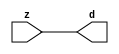

//------> /package/eda/mg/Catapult_10.3d/Mgc_home/pkgs/siflibs/mgc_in_wire_v2.v 
//------------------------------------------------------------------------------
// Catapult Synthesis - Sample I/O Port Library
//
// Copyright (c) 2003-2017 Mentor Graphics Corp.
//       All Rights Reserved
//
// This document may be used and distributed without restriction provided that
// this copyright statement is not removed from the file and that any derivative
// work contains this copyright notice.
//
// The design information contained in this file is intended to be an example
// of the functionality which the end user may study in preparation for creating
// their own custom interfaces. This design does not necessarily present a 
// complete implementation of the named protocol or standard.
//
//------------------------------------------------------------------------------


module mgc_in_wire_v2 (d, z);

  parameter integer rscid = 1;
  parameter integer width = 8;

  output [width-1:0] d;
  input  [width-1:0] z;

  wire   [width-1:0] d;

  assign d = z;

endmodule


//------> /package/eda/mg/Catapult_10.3d/Mgc_home/pkgs/siflibs/ccs_in_v1.v 
//------------------------------------------------------------------------------
// Catapult Synthesis - Sample I/O Port Library
//
// Copyright (c) 2003-2017 Mentor Graphics Corp.
//       All Rights Reserved
//
// This document may be used and distributed without restriction provided that
// this copyright statement is not removed from the file and that any derivative
// work contains this copyright notice.
//
// The design information contained in this file is intended to be an example
// of the functionality which the end user may study in preparation for creating
// their own custom interfaces. This design does not necessarily present a 
// complete implementation of the named protocol or standard.
//
//------------------------------------------------------------------------------


module ccs_in_v1 (idat, dat);

  parameter integer rscid = 1;
  parameter integer width = 8;

  output [width-1:0] idat;
  input  [width-1:0] dat;

  wire   [width-1:0] idat;

  assign idat = dat;

endmodule


//------> /package/eda/mg/Catapult_10.3d/Mgc_home/pkgs/siflibs/ccs_out_v1.v 
//------------------------------------------------------------------------------
// Catapult Synthesis - Sample I/O Port Library
//
// Copyright (c) 2003-2015 Mentor Graphics Corp.
//       All Rights Reserved
//
// This document may be used and distributed without restriction provided that
// this copyright statement is not removed from the file and that any derivative
// work contains this copyright notice.
//
// The design information contained in this file is intended to be an example
// of the functionality which the end user may study in preparation for creating
// their own custom interfaces. This design does not necessarily present a 
// complete implementation of the named protocol or standard.
//
//------------------------------------------------------------------------------

module ccs_out_v1 (dat, idat);

  parameter integer rscid = 1;
  parameter integer width = 8;

  output   [width-1:0] dat;
  input    [width-1:0] idat;

  wire     [width-1:0] dat;

  assign dat = idat;

endmodule




//------> /package/eda/mg/Catapult_10.3d/Mgc_home/pkgs/siflibs/mgc_io_sync_v2.v 
//------------------------------------------------------------------------------
// Catapult Synthesis - Sample I/O Port Library
//
// Copyright (c) 2003-2017 Mentor Graphics Corp.
//       All Rights Reserved
//
// This document may be used and distributed without restriction provided that
// this copyright statement is not removed from the file and that any derivative
// work contains this copyright notice.
//
// The design information contained in this file is intended to be an example
// of the functionality which the end user may study in preparation for creating
// their own custom interfaces. This design does not necessarily present a 
// complete implementation of the named protocol or standard.
//
//------------------------------------------------------------------------------


module mgc_io_sync_v2 (ld, lz);
    parameter valid = 0;

    input  ld;
    output lz;

    wire   lz;

    assign lz = ld;

endmodule


//------> /package/eda/mg/Catapult_10.3d/Mgc_home/pkgs/ccs_altera/hdl/M10K_DP.v 
// Memory Type:            M10K
// Operating Mode:         Simple Dual Port (2-PORT)
// Clock Mode:             Single Clock

// RTL Code RW Resolution: write-thru 
// Hardware RW Resolution: dont care 
// Catapult RW Resolution: unknown 

// HDL Work Library:       Altera_RAMS_lib
// Component Name:         M10K_DP

module M10K_DP
#(
  parameter data_width = 8,
  parameter addr_width = 7,
  parameter depth = 128 
)(
  clk, adra, adrb, wea, web, da, db, rea, reb, qa, qb
);

  input clk;                     // Rising edge clock
  input [addr_width-1:0] adra;   // Port A - Address
  input [addr_width-1:0] adrb;   // Port B - Address
  input wea;                     // Port A - Write-enable active high
  input web;                     // Port B - Write-enable active high
  input [data_width-1:0] da;     // Port A - Data In
  input [data_width-1:0] db;     // Port B - Data In
  input rea;                     // Port A - Read-enable active high
  input reb;                     // Port B - Read-enable active high
  output[data_width-1:0] qa;     // Port A - Data Out
  output[data_width-1:0] qb;     // Port B - Data Out

  reg [data_width-1:0] qa;
  reg [data_width-1:0] qb;

  (* ramstyle = "no_rw_check, M10K" *)
  reg [data_width-1:0] mem [depth-1:0]; /* synthesis syn_ramstyle = "no_rw_check, M10K" */

  always @(posedge clk) begin
    if (wea) begin
      mem[adra] <= da;
    end
    if (rea) begin
      qa <= mem[adra];
    end
  end

  always @(posedge clk) begin
    if (web) begin
      mem[adrb] <= db;
    end
    if (reb) begin
      qb <= mem[adrb] ;
    end
  end

endmodule


//------> ./rtl.v 
// ----------------------------------------------------------------------
//  HLS HDL:        Verilog Netlister
//  HLS Version:    10.3d/815731 Production Release
//  HLS Date:       Wed Apr 24 14:54:19 PDT 2019
// 
//  Generated by:   695r48@ecegrid-thin4.ecn.purdue.edu
//  Generated date: Wed Nov 10 15:47:36 2021
// ----------------------------------------------------------------------

// 
// ------------------------------------------------------------------
//  Design Unit:    fir_Altera_M10K_M10K_DP_rwport_4_16_5_32_32_16_gen
// ------------------------------------------------------------------


module fir_Altera_M10K_M10K_DP_rwport_4_16_5_32_32_16_gen (
  qb, reb, db, web, adrb, qa, rea, da, wea, adra, adra_d, wea_d, da_d, rea_d, qa_d,
      rwportA_rw_ram_ir_internal_RMASK_B_d, rwportA_rw_ram_ir_internal_WMASK_B_d
);
  input [15:0] qb;
  output reb;
  output [15:0] db;
  output web;
  output [4:0] adrb;
  input [15:0] qa;
  output rea;
  output [15:0] da;
  output wea;
  output [4:0] adra;
  input [9:0] adra_d;
  input [1:0] wea_d;
  input [31:0] da_d;
  input [1:0] rea_d;
  output [31:0] qa_d;
  input [1:0] rwportA_rw_ram_ir_internal_RMASK_B_d;
  input [1:0] rwportA_rw_ram_ir_internal_WMASK_B_d;



  // Interconnect Declarations for Component Instantiations 
  assign qa_d[31:16] = qb;
  assign reb = (rwportA_rw_ram_ir_internal_RMASK_B_d[1]);
  assign db = (da_d[31:16]);
  assign web = (rwportA_rw_ram_ir_internal_WMASK_B_d[1]);
  assign adrb = (adra_d[9:5]);
  assign qa_d[15:0] = qa;
  assign rea = (rwportA_rw_ram_ir_internal_RMASK_B_d[0]);
  assign da = (da_d[15:0]);
  assign wea = (rwportA_rw_ram_ir_internal_WMASK_B_d[0]);
  assign adra = (adra_d[4:0]);
endmodule

// ------------------------------------------------------------------
//  Design Unit:    fir_core_core_fsm
//  FSM Module
// ------------------------------------------------------------------


module fir_core_core_fsm (
  clk, rst, fsm_output, regs_vinit_C_1_tr0, MAC_C_3_tr0
);
  input clk;
  input rst;
  output [12:0] fsm_output;
  reg [12:0] fsm_output;
  input regs_vinit_C_1_tr0;
  input MAC_C_3_tr0;


  // FSM State Type Declaration for fir_core_core_fsm_1
  parameter
    core_rlp_C_0 = 4'd0,
    regs_vinit_C_0 = 4'd1,
    regs_vinit_C_1 = 4'd2,
    main_C_0 = 4'd3,
    main_C_1 = 4'd4,
    MAC_C_0 = 4'd5,
    MAC_C_1 = 4'd6,
    MAC_C_2 = 4'd7,
    MAC_C_3 = 4'd8,
    MAC_C_4 = 4'd9,
    MAC_C_5 = 4'd10,
    MAC_C_6 = 4'd11,
    main_C_2 = 4'd12;

  reg [3:0] state_var;
  reg [3:0] state_var_NS;


  // Interconnect Declarations for Component Instantiations 
  always @(*)
  begin : fir_core_core_fsm_1
    case (state_var)
      regs_vinit_C_0 : begin
        fsm_output = 13'b0000000000010;
        state_var_NS = regs_vinit_C_1;
      end
      regs_vinit_C_1 : begin
        fsm_output = 13'b0000000000100;
        if ( regs_vinit_C_1_tr0 ) begin
          state_var_NS = regs_vinit_C_0;
        end
        else begin
          state_var_NS = main_C_0;
        end
      end
      main_C_0 : begin
        fsm_output = 13'b0000000001000;
        state_var_NS = main_C_1;
      end
      main_C_1 : begin
        fsm_output = 13'b0000000010000;
        state_var_NS = MAC_C_0;
      end
      MAC_C_0 : begin
        fsm_output = 13'b0000000100000;
        state_var_NS = MAC_C_1;
      end
      MAC_C_1 : begin
        fsm_output = 13'b0000001000000;
        state_var_NS = MAC_C_2;
      end
      MAC_C_2 : begin
        fsm_output = 13'b0000010000000;
        state_var_NS = MAC_C_3;
      end
      MAC_C_3 : begin
        fsm_output = 13'b0000100000000;
        if ( MAC_C_3_tr0 ) begin
          state_var_NS = main_C_2;
        end
        else begin
          state_var_NS = MAC_C_4;
        end
      end
      MAC_C_4 : begin
        fsm_output = 13'b0001000000000;
        state_var_NS = MAC_C_5;
      end
      MAC_C_5 : begin
        fsm_output = 13'b0010000000000;
        state_var_NS = MAC_C_6;
      end
      MAC_C_6 : begin
        fsm_output = 13'b0100000000000;
        state_var_NS = MAC_C_0;
      end
      main_C_2 : begin
        fsm_output = 13'b1000000000000;
        state_var_NS = main_C_0;
      end
      // core_rlp_C_0
      default : begin
        fsm_output = 13'b0000000000001;
        state_var_NS = regs_vinit_C_0;
      end
    endcase
  end

  always @(posedge clk) begin
    if ( rst ) begin
      state_var <= core_rlp_C_0;
    end
    else begin
      state_var <= state_var_NS;
    end
  end

endmodule

// ------------------------------------------------------------------
//  Design Unit:    fir_core
// ------------------------------------------------------------------


module fir_core (
  clk, rst, coeffs_rsc_z, coeffs_rsc_triosy_lz, in1_rsc_dat, in1_rsc_triosy_lz, out1_rsc_dat,
      out1_rsc_triosy_lz, regs_rsci_adra_d, regs_rsci_wea_d, regs_rsci_da_d, regs_rsci_rea_d,
      regs_rsci_qa_d, regs_rsci_rwportA_rw_ram_ir_internal_RMASK_B_d, regs_rsci_rwportA_rw_ram_ir_internal_WMASK_B_d
);
  input clk;
  input rst;
  input [511:0] coeffs_rsc_z;
  output coeffs_rsc_triosy_lz;
  input [15:0] in1_rsc_dat;
  output in1_rsc_triosy_lz;
  output [15:0] out1_rsc_dat;
  output out1_rsc_triosy_lz;
  output [9:0] regs_rsci_adra_d;
  output [1:0] regs_rsci_wea_d;
  output [15:0] regs_rsci_da_d;
  output [1:0] regs_rsci_rea_d;
  input [31:0] regs_rsci_qa_d;
  output [1:0] regs_rsci_rwportA_rw_ram_ir_internal_RMASK_B_d;
  output [1:0] regs_rsci_rwportA_rw_ram_ir_internal_WMASK_B_d;


  // Interconnect Declarations
  wire [511:0] coeffs_rsci_d;
  wire [15:0] in1_rsci_idat;
  reg [15:0] out1_rsci_idat;
  wire [12:0] fsm_output;
  wire [5:0] MAC_2_acc_2_tmp;
  wire [6:0] nl_MAC_2_acc_2_tmp;
  wire or_tmp_35;
  wire [4:0] wptr_4_0_4_lpi_2_dfm_mx0w2;
  reg [4:0] MAC_MAC_or_4_itm;
  reg MAC_MAC_nor_6_itm;
  wire [4:0] wptr_4_0_3_lpi_2_dfm_mx0w1;
  wire [4:0] wptr_4_0_lpi_2_dfm_1;
  reg [4:0] wptr_4_0_1_sva;
  reg regs_regs_nor_itm;
  wire [4:0] wptr_4_0_2_lpi_2_dfm_1;
  reg [4:0] regs_acc_itm;
  reg reg_MAC_i_5_0_3_ftd;
  wire or_34_seb;
  reg reg_out1_rsc_triosy_obj_ld_cse;
  wire reg_out1_out1_and_cse;
  wire [4:0] MAC_1_acc_2_psp_sva_1;
  wire [5:0] nl_MAC_1_acc_2_psp_sva_1;
  reg [4:0] MAC_4_acc_2_psp_sva;
  wire regs_and_cse;
  wire or_32_cse;
  wire regs_regs_or_rmff;
  wire or_79_tmp;
  wire [4:0] z_out;
  wire [5:0] nl_z_out;
  wire [29:0] z_out_1;
  wire [30:0] nl_z_out_1;
  wire [15:0] z_out_2;
  wire [29:0] z_out_4;
  wire signed [31:0] nl_z_out_4;
  reg [29:0] acc_32_3_1_sva;
  reg [15:0] MAC_mux_itm;
  reg [15:0] MAC_mux_5_itm;
  reg [29:0] MAC_2_mul_itm;
  reg [15:0] MAC_mux_6_itm;
  reg [29:0] MAC_acc_4_itm;
  reg [15:0] MAC_slc_regs_rsci_qa_d_15_0_1_itm;
  reg [15:0] MAC_mux_7_itm;
  wire [4:0] MAC_3_acc_2_psp_sva_1;
  wire [5:0] nl_MAC_3_acc_2_psp_sva_1;
  reg [415:0] MAC_io_read_coeffs_rsc_cse_sva_479_64;
  wire or_65_tmp;
  wire MAC_or_1_cse;

  wire[4:0] mux_nl;
  wire[4:0] else_acc_nl;
  wire[5:0] nl_else_acc_nl;
  wire[0:0] and_130_nl;
  wire[0:0] not_41_nl;
  wire[4:0] rptr_rptr_mux_nl;
  wire[4:0] MAC_4_acc_2_nl;
  wire[5:0] nl_MAC_4_acc_2_nl;
  wire[0:0] nor_7_nl;
  wire[0:0] MAC_and_7_nl;
  wire[0:0] MAC_and_8_nl;
  wire[0:0] MAC_and_9_nl;
  wire[0:0] MAC_and_10_nl;
  wire[0:0] MAC_and_11_nl;
  wire[0:0] MAC_and_12_nl;
  wire[0:0] MAC_and_13_nl;
  wire[0:0] MAC_and_nl;
  wire[0:0] MAC_and_1_nl;
  wire[0:0] MAC_and_2_nl;
  wire[0:0] MAC_and_3_nl;
  wire[0:0] MAC_and_4_nl;
  wire[0:0] MAC_and_5_nl;
  wire[0:0] MAC_and_6_nl;
  wire[0:0] MAC_and_14_nl;
  wire[0:0] MAC_and_15_nl;
  wire[0:0] MAC_and_16_nl;
  wire[0:0] MAC_and_17_nl;
  wire[0:0] MAC_and_18_nl;
  wire[0:0] MAC_and_19_nl;
  wire[4:0] MAC_3_else_acc_nl;
  wire[5:0] nl_MAC_3_else_acc_nl;
  wire[4:0] MAC_MAC_or_4_nl;
  wire[0:0] MAC_MAC_nor_8_nl;
  wire[29:0] mul_nl;
  wire signed [31:0] nl_mul_nl;
  wire[15:0] MAC_mux_15_nl;
  wire[29:0] MAC_acc_3_nl;
  wire[30:0] nl_MAC_acc_3_nl;
  wire[29:0] MAC_acc_nl;
  wire[30:0] nl_MAC_acc_nl;
  wire[29:0] MAC_acc_4_nl;
  wire[30:0] nl_MAC_acc_4_nl;
  wire[29:0] MAC_3_mul_nl;
  wire signed [31:0] nl_MAC_3_mul_nl;
  wire[4:0] MAC_2_else_acc_nl;
  wire[5:0] nl_MAC_2_else_acc_nl;
  wire[0:0] MAC_MAC_nor_5_nl;
  wire[4:0] MAC_1_else_acc_nl;
  wire[5:0] nl_MAC_1_else_acc_nl;
  wire[0:0] MAC_MAC_nor_nl;
  wire[4:0] MAC_4_else_acc_nl;
  wire[5:0] nl_MAC_4_else_acc_nl;
  wire[0:0] MAC_MAC_nor_7_nl;
  wire[4:0] regs_regs_mux_nl;
  wire[4:0] regs_mux1h_1_nl;
  wire[0:0] regs_or_2_nl;
  wire[4:0] regs_mux_2_nl;
  wire[29:0] MAC_mux_14_nl;
  wire[15:0] MAC_mux_16_nl;
  wire[4:0] MAC_mux_17_nl;

  // Interconnect Declarations for Component Instantiations 
  wire [0:0] nl_fir_core_core_fsm_inst_regs_vinit_C_1_tr0;
  assign nl_fir_core_core_fsm_inst_regs_vinit_C_1_tr0 = ~ regs_regs_nor_itm;
  wire [0:0] nl_fir_core_core_fsm_inst_MAC_C_3_tr0;
  assign nl_fir_core_core_fsm_inst_MAC_C_3_tr0 = reg_MAC_i_5_0_3_ftd;
  mgc_in_wire_v2 #(.rscid(32'sd1),
  .width(32'sd512)) coeffs_rsci (
      .d(coeffs_rsci_d),
      .z(coeffs_rsc_z)
    );
  ccs_in_v1 #(.rscid(32'sd2),
  .width(32'sd16)) in1_rsci (
      .dat(in1_rsc_dat),
      .idat(in1_rsci_idat)
    );
  ccs_out_v1 #(.rscid(32'sd3),
  .width(32'sd16)) out1_rsci (
      .idat(out1_rsci_idat),
      .dat(out1_rsc_dat)
    );
  mgc_io_sync_v2 #(.valid(32'sd0)) coeffs_rsc_triosy_obj (
      .ld(reg_out1_rsc_triosy_obj_ld_cse),
      .lz(coeffs_rsc_triosy_lz)
    );
  mgc_io_sync_v2 #(.valid(32'sd0)) in1_rsc_triosy_obj (
      .ld(reg_out1_rsc_triosy_obj_ld_cse),
      .lz(in1_rsc_triosy_lz)
    );
  mgc_io_sync_v2 #(.valid(32'sd0)) out1_rsc_triosy_obj (
      .ld(reg_out1_rsc_triosy_obj_ld_cse),
      .lz(out1_rsc_triosy_lz)
    );
  fir_core_core_fsm fir_core_core_fsm_inst (
      .clk(clk),
      .rst(rst),
      .fsm_output(fsm_output),
      .regs_vinit_C_1_tr0(nl_fir_core_core_fsm_inst_regs_vinit_C_1_tr0[0:0]),
      .MAC_C_3_tr0(nl_fir_core_core_fsm_inst_MAC_C_3_tr0[0:0])
    );
  assign reg_out1_out1_and_cse = (fsm_output[8]) & reg_MAC_i_5_0_3_ftd;
  assign or_32_cse = (fsm_output[3]) | (fsm_output[1]);
  assign regs_and_cse = (fsm_output[2]) & regs_regs_nor_itm;
  assign or_79_tmp = regs_and_cse | ((regs_acc_itm==5'b11111) & (fsm_output[12]));
  assign or_65_tmp = MAC_or_1_cse | (fsm_output[9]) | (fsm_output[6]);
  assign MAC_or_1_cse = (fsm_output[8:7]!=2'b00);
  assign nl_MAC_2_else_acc_nl = wptr_4_0_2_lpi_2_dfm_1 + 5'b11111;
  assign MAC_2_else_acc_nl = nl_MAC_2_else_acc_nl[4:0];
  assign MAC_MAC_nor_5_nl = ~((wptr_4_0_2_lpi_2_dfm_1!=5'b00000));
  assign wptr_4_0_3_lpi_2_dfm_mx0w1 = MUX_v_5_2_2((MAC_2_else_acc_nl), 5'b11111,
      (MAC_MAC_nor_5_nl));
  assign wptr_4_0_4_lpi_2_dfm_mx0w2 = MUX_v_5_2_2(MAC_MAC_or_4_itm, 5'b11111, MAC_MAC_nor_6_itm);
  assign nl_MAC_1_acc_2_psp_sva_1 = MAC_4_acc_2_psp_sva + 5'b00001;
  assign MAC_1_acc_2_psp_sva_1 = nl_MAC_1_acc_2_psp_sva_1[4:0];
  assign nl_MAC_1_else_acc_nl = wptr_4_0_1_sva + 5'b11111;
  assign MAC_1_else_acc_nl = nl_MAC_1_else_acc_nl[4:0];
  assign MAC_MAC_nor_nl = ~((wptr_4_0_1_sva!=5'b00000));
  assign wptr_4_0_2_lpi_2_dfm_1 = MUX_v_5_2_2((MAC_1_else_acc_nl), 5'b11111, (MAC_MAC_nor_nl));
  assign nl_MAC_2_acc_2_tmp = conv_u2s_5_6(MAC_1_acc_2_psp_sva_1) + 6'b000001;
  assign MAC_2_acc_2_tmp = nl_MAC_2_acc_2_tmp[5:0];
  assign nl_MAC_3_acc_2_psp_sva_1 = (MAC_2_acc_2_tmp[4:0]) + 5'b00001;
  assign MAC_3_acc_2_psp_sva_1 = nl_MAC_3_acc_2_psp_sva_1[4:0];
  assign nl_MAC_4_else_acc_nl = wptr_4_0_4_lpi_2_dfm_mx0w2 + 5'b11111;
  assign MAC_4_else_acc_nl = nl_MAC_4_else_acc_nl[4:0];
  assign MAC_MAC_nor_7_nl = ~((wptr_4_0_4_lpi_2_dfm_mx0w2!=5'b00000));
  assign wptr_4_0_lpi_2_dfm_1 = MUX_v_5_2_2((MAC_4_else_acc_nl), 5'b11111, (MAC_MAC_nor_7_nl));
  assign or_tmp_35 = (fsm_output[8]) | (fsm_output[6]);
  assign regs_regs_or_rmff = (fsm_output[7]) | or_34_seb;
  assign or_34_seb = (fsm_output[6:5]!=2'b00);
  assign regs_regs_mux_nl = MUX_v_5_2_2(wptr_4_0_2_lpi_2_dfm_1, wptr_4_0_1_sva, fsm_output[6]);
  assign regs_or_2_nl = (fsm_output[5]) | (fsm_output[7]);
  assign regs_mux1h_1_nl = MUX1HOT_v_5_3_2(regs_acc_itm, wptr_4_0_1_sva, wptr_4_0_lpi_2_dfm_1,
      {or_32_cse , (regs_or_2_nl) , (fsm_output[6])});
  assign regs_rsci_adra_d = {(regs_regs_mux_nl) , (regs_mux1h_1_nl)};
  assign regs_rsci_wea_d = {1'b0 , or_32_cse};
  assign regs_rsci_rea_d = {or_34_seb , regs_regs_or_rmff};
  assign regs_rsci_rwportA_rw_ram_ir_internal_RMASK_B_d = {or_34_seb , regs_regs_or_rmff};
  assign regs_rsci_rwportA_rw_ram_ir_internal_WMASK_B_d = {1'b0 , or_32_cse};
  assign regs_rsci_da_d = MUX_v_16_2_2(16'b0000000000000000, in1_rsci_idat, (fsm_output[3]));
  always @(posedge clk) begin
    if ( rst ) begin
      reg_out1_rsc_triosy_obj_ld_cse <= 1'b0;
      regs_regs_nor_itm <= 1'b0;
      MAC_MAC_nor_6_itm <= 1'b0;
      MAC_io_read_coeffs_rsc_cse_sva_479_64 <= 416'b00000000000000000000000000000000000000000000000000000000000000000000000000000000000000000000000000000000000000000000000000000000000000000000000000000000000000000000000000000000000000000000000000000000000000000000000000000000000000000000000000000000000000000000000000000000000000000000000000000000000000000000000000000000000000000000000000000000000000000000000000000000000000000000000000000000000000000000000000000000;
      MAC_MAC_or_4_itm <= 5'b00000;
      MAC_2_mul_itm <= 30'b000000000000000000000000000000;
    end
    else begin
      reg_out1_rsc_triosy_obj_ld_cse <= reg_out1_out1_and_cse;
      regs_regs_nor_itm <= ~((regs_acc_itm!=5'b00000));
      MAC_MAC_nor_6_itm <= ~((wptr_4_0_3_lpi_2_dfm_mx0w1!=5'b00000));
      MAC_io_read_coeffs_rsc_cse_sva_479_64 <= coeffs_rsci_d[479:64];
      MAC_MAC_or_4_itm <= MUX1HOT_v_5_3_2((MAC_3_else_acc_nl), (MAC_MAC_or_4_nl),
          MAC_MAC_or_4_itm, {(fsm_output[5]) , (fsm_output[6]) , (fsm_output[7])});
      MAC_2_mul_itm <= MUX_v_30_2_2((mul_nl), (MAC_acc_3_nl), fsm_output[10]);
    end
  end
  always @(posedge clk) begin
    if ( rst ) begin
      out1_rsci_idat <= 16'b0000000000000000;
    end
    else if ( reg_out1_out1_and_cse ) begin
      out1_rsci_idat <= z_out_1[29:14];
    end
  end
  always @(posedge clk) begin
    if ( rst ) begin
      regs_acc_itm <= 5'b11111;
    end
    else if ( regs_and_cse | (fsm_output[1]) | (fsm_output[12]) ) begin
      regs_acc_itm <= MUX_v_5_2_2(5'b00000, (mux_nl), (not_41_nl));
    end
  end
  always @(posedge clk) begin
    if ( rst ) begin
      wptr_4_0_1_sva <= 5'b00000;
    end
    else if ( (fsm_output[4]) | (fsm_output[8]) | (fsm_output[5]) | (fsm_output[6])
        ) begin
      wptr_4_0_1_sva <= MUX1HOT_v_5_4_2(regs_acc_itm, wptr_4_0_3_lpi_2_dfm_mx0w1,
          wptr_4_0_4_lpi_2_dfm_mx0w2, MAC_MAC_or_4_itm, {(fsm_output[4]) , (fsm_output[5])
          , (fsm_output[6]) , (fsm_output[8])});
    end
  end
  always @(posedge clk) begin
    if ( rst ) begin
      acc_32_3_1_sva <= 30'b000000000000000000000000000000;
    end
    else if ( (fsm_output[4]) | (fsm_output[11]) ) begin
      acc_32_3_1_sva <= MUX_v_30_2_2(30'b000000000000000000000000000000, z_out_1,
          (fsm_output[11]));
    end
  end
  always @(posedge clk) begin
    if ( rst ) begin
      MAC_4_acc_2_psp_sva <= 5'b00000;
    end
    else if ( (fsm_output[6]) | (fsm_output[5]) | (fsm_output[2]) | (fsm_output[1])
        | (fsm_output[12]) | (fsm_output[4]) | (fsm_output[3]) | (fsm_output[0])
        ) begin
      MAC_4_acc_2_psp_sva <= MUX_v_5_2_2(5'b00000, (rptr_rptr_mux_nl), (nor_7_nl));
    end
  end
  always @(posedge clk) begin
    if ( rst ) begin
      MAC_mux_itm <= 16'b0000000000000000;
    end
    else if ( ~ or_tmp_35 ) begin
      MAC_mux_itm <= MUX1HOT_v_16_8_2((coeffs_rsci_d[15:0]), (coeffs_rsci_d[95:80]),
          (coeffs_rsci_d[175:160]), (coeffs_rsci_d[255:240]), (coeffs_rsci_d[335:320]),
          (coeffs_rsci_d[415:400]), (coeffs_rsci_d[495:480]), (regs_rsci_qa_d[15:0]),
          {(MAC_and_7_nl) , (MAC_and_8_nl) , (MAC_and_9_nl) , (MAC_and_10_nl) , (MAC_and_11_nl)
          , (MAC_and_12_nl) , (MAC_and_13_nl) , (fsm_output[7])});
    end
  end
  always @(posedge clk) begin
    if ( rst ) begin
      MAC_mux_5_itm <= 16'b0000000000000000;
    end
    else if ( ~ MAC_or_1_cse ) begin
      MAC_mux_5_itm <= MUX1HOT_v_16_8_2((coeffs_rsci_d[31:16]), (coeffs_rsci_d[111:96]),
          (coeffs_rsci_d[191:176]), (coeffs_rsci_d[271:256]), (coeffs_rsci_d[351:336]),
          (coeffs_rsci_d[431:416]), (coeffs_rsci_d[511:496]), z_out_2, {(MAC_and_nl)
          , (MAC_and_1_nl) , (MAC_and_2_nl) , (MAC_and_3_nl) , (MAC_and_4_nl) , (MAC_and_5_nl)
          , (MAC_and_6_nl) , (fsm_output[6])});
    end
  end
  always @(posedge clk) begin
    if ( rst ) begin
      MAC_mux_7_itm <= 16'b0000000000000000;
    end
    else if ( ~ or_65_tmp ) begin
      MAC_mux_7_itm <= MUX1HOT_v_16_6_2((coeffs_rsci_d[63:48]), (coeffs_rsci_d[143:128]),
          (coeffs_rsci_d[223:208]), (coeffs_rsci_d[303:288]), (coeffs_rsci_d[383:368]),
          (coeffs_rsci_d[463:448]), {(MAC_and_14_nl) , (MAC_and_15_nl) , (MAC_and_16_nl)
          , (MAC_and_17_nl) , (MAC_and_18_nl) , (MAC_and_19_nl)});
    end
  end
  always @(posedge clk) begin
    if ( rst ) begin
      MAC_mux_6_itm <= 16'b0000000000000000;
    end
    else if ( ~((fsm_output[7:6]!=2'b00)) ) begin
      MAC_mux_6_itm <= z_out_2;
    end
  end
  always @(posedge clk) begin
    if ( rst ) begin
      MAC_slc_regs_rsci_qa_d_15_0_1_itm <= 16'b0000000000000000;
    end
    else if ( (fsm_output[7]) | or_tmp_35 ) begin
      MAC_slc_regs_rsci_qa_d_15_0_1_itm <= MUX_v_16_2_2((regs_rsci_qa_d[31:16]),
          (regs_rsci_qa_d[15:0]), or_tmp_35);
    end
  end
  always @(posedge clk) begin
    if ( rst ) begin
      MAC_acc_4_itm <= 30'b000000000000000000000000000000;
    end
    else if ( MAC_or_1_cse ) begin
      MAC_acc_4_itm <= MUX_v_30_2_2((MAC_acc_nl), (MAC_acc_4_nl), fsm_output[8]);
    end
  end
  always @(posedge clk) begin
    if ( rst ) begin
      reg_MAC_i_5_0_3_ftd <= 1'b0;
    end
    else if ( fsm_output[5] ) begin
      reg_MAC_i_5_0_3_ftd <= MAC_2_acc_2_tmp[5];
    end
  end
  assign nl_MAC_3_else_acc_nl = wptr_4_0_3_lpi_2_dfm_mx0w1 + 5'b11111;
  assign MAC_3_else_acc_nl = nl_MAC_3_else_acc_nl[4:0];
  assign MAC_MAC_nor_8_nl = ~((wptr_4_0_lpi_2_dfm_1!=5'b00000));
  assign MAC_MAC_or_4_nl = MUX_v_5_2_2(z_out, 5'b11111, (MAC_MAC_nor_8_nl));
  assign MAC_mux_15_nl = MUX_v_16_2_2((regs_rsci_qa_d[31:16]), MAC_mux_itm, fsm_output[9]);
  assign nl_mul_nl = $signed((MAC_mux_15_nl)) * $signed(MAC_mux_5_itm);
  assign mul_nl = nl_mul_nl[29:0];
  assign nl_MAC_acc_3_nl = z_out_4 + MAC_2_mul_itm;
  assign MAC_acc_3_nl = nl_MAC_acc_3_nl[29:0];
  assign nl_else_acc_nl = regs_acc_itm + 5'b00001;
  assign else_acc_nl = nl_else_acc_nl[4:0];
  assign and_130_nl = (fsm_output[12]) & (~ or_79_tmp);
  assign mux_nl = MUX_v_5_2_2(z_out, (else_acc_nl), and_130_nl);
  assign not_41_nl = ~ or_79_tmp;
  assign nl_MAC_4_acc_2_nl = MAC_3_acc_2_psp_sva_1 + 5'b00001;
  assign MAC_4_acc_2_nl = nl_MAC_4_acc_2_nl[4:0];
  assign rptr_rptr_mux_nl = MUX_v_5_2_2((MAC_4_acc_2_nl), MAC_1_acc_2_psp_sva_1,
      fsm_output[6]);
  assign nor_7_nl = ~((fsm_output[0]) | (fsm_output[3]) | (fsm_output[4]) | (fsm_output[12])
      | (fsm_output[1]) | (fsm_output[2]));
  assign MAC_and_7_nl = (MAC_4_acc_2_psp_sva==5'b00000) & (fsm_output[5]);
  assign MAC_and_8_nl = (MAC_4_acc_2_psp_sva==5'b00101) & (fsm_output[5]);
  assign MAC_and_9_nl = (MAC_4_acc_2_psp_sva==5'b01010) & (fsm_output[5]);
  assign MAC_and_10_nl = (MAC_4_acc_2_psp_sva==5'b01111) & (fsm_output[5]);
  assign MAC_and_11_nl = (MAC_4_acc_2_psp_sva==5'b10100) & (fsm_output[5]);
  assign MAC_and_12_nl = (MAC_4_acc_2_psp_sva==5'b11001) & (fsm_output[5]);
  assign MAC_and_13_nl = (MAC_4_acc_2_psp_sva==5'b11110) & (fsm_output[5]);
  assign MAC_and_nl = (MAC_1_acc_2_psp_sva_1==5'b00001) & (fsm_output[5]);
  assign MAC_and_1_nl = (MAC_1_acc_2_psp_sva_1==5'b00110) & (fsm_output[5]);
  assign MAC_and_2_nl = (MAC_1_acc_2_psp_sva_1==5'b01011) & (fsm_output[5]);
  assign MAC_and_3_nl = (MAC_1_acc_2_psp_sva_1==5'b10000) & (fsm_output[5]);
  assign MAC_and_4_nl = (MAC_1_acc_2_psp_sva_1==5'b10101) & (fsm_output[5]);
  assign MAC_and_5_nl = (MAC_1_acc_2_psp_sva_1==5'b11010) & (fsm_output[5]);
  assign MAC_and_6_nl = (MAC_1_acc_2_psp_sva_1==5'b11111) & (fsm_output[5]);
  assign MAC_and_14_nl = (MAC_3_acc_2_psp_sva_1==5'b00011) & (~ or_65_tmp);
  assign MAC_and_15_nl = (MAC_3_acc_2_psp_sva_1==5'b01000) & (~ or_65_tmp);
  assign MAC_and_16_nl = (MAC_3_acc_2_psp_sva_1==5'b01101) & (~ or_65_tmp);
  assign MAC_and_17_nl = (MAC_3_acc_2_psp_sva_1==5'b10010) & (~ or_65_tmp);
  assign MAC_and_18_nl = (MAC_3_acc_2_psp_sva_1==5'b10111) & (~ or_65_tmp);
  assign MAC_and_19_nl = (MAC_3_acc_2_psp_sva_1==5'b11100) & (~ or_65_tmp);
  assign nl_MAC_acc_nl = z_out_4 + MAC_2_mul_itm;
  assign MAC_acc_nl = nl_MAC_acc_nl[29:0];
  assign nl_MAC_3_mul_nl = $signed(MAC_slc_regs_rsci_qa_d_15_0_1_itm) * $signed(MAC_mux_6_itm);
  assign MAC_3_mul_nl = nl_MAC_3_mul_nl[29:0];
  assign nl_MAC_acc_4_nl = z_out_1 + (MAC_3_mul_nl);
  assign MAC_acc_4_nl = nl_MAC_acc_4_nl[29:0];
  assign regs_mux_2_nl = MUX_v_5_2_2(regs_acc_itm, wptr_4_0_lpi_2_dfm_1, fsm_output[6]);
  assign nl_z_out = (regs_mux_2_nl) + 5'b11111;
  assign z_out = nl_z_out[4:0];
  assign MAC_mux_14_nl = MUX_v_30_2_2(MAC_2_mul_itm, acc_32_3_1_sva, fsm_output[8]);
  assign nl_z_out_1 = MAC_acc_4_itm + (MAC_mux_14_nl);
  assign z_out_1 = nl_z_out_1[29:0];
  assign MAC_mux_16_nl = MUX_v_16_2_2(MAC_mux_7_itm, MAC_mux_itm, fsm_output[7]);
  assign nl_z_out_4 = $signed(MAC_slc_regs_rsci_qa_d_15_0_1_itm) * $signed((MAC_mux_16_nl));
  assign z_out_4 = nl_z_out_4[29:0];
  assign MAC_mux_17_nl = MUX_v_5_2_2(MAC_4_acc_2_psp_sva, (MAC_2_acc_2_tmp[4:0]),
      fsm_output[5]);
  assign z_out_2 = MUX_v_16_30_2x0x1x3x5x6x8x10x11x13x15x16x18x20x21x23x25x26x28((coeffs_rsci_d[47:32]),
      (MAC_io_read_coeffs_rsc_cse_sva_479_64[15:0]), (coeffs_rsci_d[127:112]), (MAC_io_read_coeffs_rsc_cse_sva_479_64[95:80]),
      (coeffs_rsci_d[207:192]), (MAC_io_read_coeffs_rsc_cse_sva_479_64[175:160]),
      (coeffs_rsci_d[287:272]), (MAC_io_read_coeffs_rsc_cse_sva_479_64[255:240]),
      (coeffs_rsci_d[367:352]), (MAC_io_read_coeffs_rsc_cse_sva_479_64[335:320]),
      (coeffs_rsci_d[447:432]), (MAC_io_read_coeffs_rsc_cse_sva_479_64[415:400]),
      MAC_mux_17_nl);

  function automatic [15:0] MUX1HOT_v_16_6_2;
    input [15:0] input_5;
    input [15:0] input_4;
    input [15:0] input_3;
    input [15:0] input_2;
    input [15:0] input_1;
    input [15:0] input_0;
    input [5:0] sel;
    reg [15:0] result;
  begin
    result = input_0 & {16{sel[0]}};
    result = result | ( input_1 & {16{sel[1]}});
    result = result | ( input_2 & {16{sel[2]}});
    result = result | ( input_3 & {16{sel[3]}});
    result = result | ( input_4 & {16{sel[4]}});
    result = result | ( input_5 & {16{sel[5]}});
    MUX1HOT_v_16_6_2 = result;
  end
  endfunction


  function automatic [15:0] MUX1HOT_v_16_8_2;
    input [15:0] input_7;
    input [15:0] input_6;
    input [15:0] input_5;
    input [15:0] input_4;
    input [15:0] input_3;
    input [15:0] input_2;
    input [15:0] input_1;
    input [15:0] input_0;
    input [7:0] sel;
    reg [15:0] result;
  begin
    result = input_0 & {16{sel[0]}};
    result = result | ( input_1 & {16{sel[1]}});
    result = result | ( input_2 & {16{sel[2]}});
    result = result | ( input_3 & {16{sel[3]}});
    result = result | ( input_4 & {16{sel[4]}});
    result = result | ( input_5 & {16{sel[5]}});
    result = result | ( input_6 & {16{sel[6]}});
    result = result | ( input_7 & {16{sel[7]}});
    MUX1HOT_v_16_8_2 = result;
  end
  endfunction


  function automatic [4:0] MUX1HOT_v_5_3_2;
    input [4:0] input_2;
    input [4:0] input_1;
    input [4:0] input_0;
    input [2:0] sel;
    reg [4:0] result;
  begin
    result = input_0 & {5{sel[0]}};
    result = result | ( input_1 & {5{sel[1]}});
    result = result | ( input_2 & {5{sel[2]}});
    MUX1HOT_v_5_3_2 = result;
  end
  endfunction


  function automatic [4:0] MUX1HOT_v_5_4_2;
    input [4:0] input_3;
    input [4:0] input_2;
    input [4:0] input_1;
    input [4:0] input_0;
    input [3:0] sel;
    reg [4:0] result;
  begin
    result = input_0 & {5{sel[0]}};
    result = result | ( input_1 & {5{sel[1]}});
    result = result | ( input_2 & {5{sel[2]}});
    result = result | ( input_3 & {5{sel[3]}});
    MUX1HOT_v_5_4_2 = result;
  end
  endfunction


  function automatic [15:0] MUX_v_16_2_2;
    input [15:0] input_0;
    input [15:0] input_1;
    input [0:0] sel;
    reg [15:0] result;
  begin
    case (sel)
      1'b0 : begin
        result = input_0;
      end
      default : begin
        result = input_1;
      end
    endcase
    MUX_v_16_2_2 = result;
  end
  endfunction


  function automatic [15:0] MUX_v_16_30_2x0x1x3x5x6x8x10x11x13x15x16x18x20x21x23x25x26x28;
    input [15:0] input_2;
    input [15:0] input_4;
    input [15:0] input_7;
    input [15:0] input_9;
    input [15:0] input_12;
    input [15:0] input_14;
    input [15:0] input_17;
    input [15:0] input_19;
    input [15:0] input_22;
    input [15:0] input_24;
    input [15:0] input_27;
    input [15:0] input_29;
    input [4:0] sel;
    reg [15:0] result;
  begin
    case (sel)
      5'b00010 : begin
        result = input_2;
      end
      5'b00100 : begin
        result = input_4;
      end
      5'b00111 : begin
        result = input_7;
      end
      5'b01001 : begin
        result = input_9;
      end
      5'b01100 : begin
        result = input_12;
      end
      5'b01110 : begin
        result = input_14;
      end
      5'b10001 : begin
        result = input_17;
      end
      5'b10011 : begin
        result = input_19;
      end
      5'b10110 : begin
        result = input_22;
      end
      5'b11000 : begin
        result = input_24;
      end
      5'b11011 : begin
        result = input_27;
      end
      default : begin
        result = input_29;
      end
    endcase
    MUX_v_16_30_2x0x1x3x5x6x8x10x11x13x15x16x18x20x21x23x25x26x28 = result;
  end
  endfunction


  function automatic [29:0] MUX_v_30_2_2;
    input [29:0] input_0;
    input [29:0] input_1;
    input [0:0] sel;
    reg [29:0] result;
  begin
    case (sel)
      1'b0 : begin
        result = input_0;
      end
      default : begin
        result = input_1;
      end
    endcase
    MUX_v_30_2_2 = result;
  end
  endfunction


  function automatic [4:0] MUX_v_5_2_2;
    input [4:0] input_0;
    input [4:0] input_1;
    input [0:0] sel;
    reg [4:0] result;
  begin
    case (sel)
      1'b0 : begin
        result = input_0;
      end
      default : begin
        result = input_1;
      end
    endcase
    MUX_v_5_2_2 = result;
  end
  endfunction


  function automatic [5:0] conv_u2s_5_6 ;
    input [4:0]  vector ;
  begin
    conv_u2s_5_6 =  {1'b0, vector};
  end
  endfunction

endmodule

// ------------------------------------------------------------------
//  Design Unit:    fir
// ------------------------------------------------------------------


module fir (
  clk, rst, coeffs_rsc_z, coeffs_rsc_triosy_lz, in1_rsc_dat, in1_rsc_triosy_lz, out1_rsc_dat,
      out1_rsc_triosy_lz
);
  input clk;
  input rst;
  input [511:0] coeffs_rsc_z;
  output coeffs_rsc_triosy_lz;
  input [15:0] in1_rsc_dat;
  output in1_rsc_triosy_lz;
  output [15:0] out1_rsc_dat;
  output out1_rsc_triosy_lz;


  // Interconnect Declarations
  wire [9:0] regs_rsci_adra_d;
  wire [1:0] regs_rsci_wea_d;
  wire [15:0] regs_rsci_da_d;
  wire [1:0] regs_rsci_rea_d;
  wire [31:0] regs_rsci_qa_d;
  wire [1:0] regs_rsci_rwportA_rw_ram_ir_internal_RMASK_B_d;
  wire [1:0] regs_rsci_rwportA_rw_ram_ir_internal_WMASK_B_d;
  wire [15:0] regs_rsc_qb;
  wire regs_rsc_reb;
  wire [15:0] regs_rsc_db;
  wire regs_rsc_web;
  wire [4:0] regs_rsc_adrb;
  wire [15:0] regs_rsc_qa;
  wire regs_rsc_rea;
  wire [15:0] regs_rsc_da;
  wire regs_rsc_wea;
  wire [4:0] regs_rsc_adra;


  // Interconnect Declarations for Component Instantiations 
  wire [31:0] nl_regs_rsci_da_d;
  assign nl_regs_rsci_da_d = {16'b0000000000000000 , regs_rsci_da_d};
  M10K_DP #(.data_width(32'sd16),
  .addr_width(32'sd5),
  .depth(32'sd32)) regs_rsc_comp (
      .clk(clk),
      .adra(regs_rsc_adra),
      .adrb(regs_rsc_adrb),
      .wea(regs_rsc_wea),
      .web(regs_rsc_web),
      .da(regs_rsc_da),
      .db(regs_rsc_db),
      .rea(regs_rsc_rea),
      .reb(regs_rsc_reb),
      .qa(regs_rsc_qa),
      .qb(regs_rsc_qb)
    );
  fir_Altera_M10K_M10K_DP_rwport_4_16_5_32_32_16_gen regs_rsci (
      .qb(regs_rsc_qb),
      .reb(regs_rsc_reb),
      .db(regs_rsc_db),
      .web(regs_rsc_web),
      .adrb(regs_rsc_adrb),
      .qa(regs_rsc_qa),
      .rea(regs_rsc_rea),
      .da(regs_rsc_da),
      .wea(regs_rsc_wea),
      .adra(regs_rsc_adra),
      .adra_d(regs_rsci_adra_d),
      .wea_d(regs_rsci_wea_d),
      .da_d(nl_regs_rsci_da_d[31:0]),
      .rea_d(regs_rsci_rea_d),
      .qa_d(regs_rsci_qa_d),
      .rwportA_rw_ram_ir_internal_RMASK_B_d(regs_rsci_rwportA_rw_ram_ir_internal_RMASK_B_d),
      .rwportA_rw_ram_ir_internal_WMASK_B_d(regs_rsci_rwportA_rw_ram_ir_internal_WMASK_B_d)
    );
  fir_core fir_core_inst (
      .clk(clk),
      .rst(rst),
      .coeffs_rsc_z(coeffs_rsc_z),
      .coeffs_rsc_triosy_lz(coeffs_rsc_triosy_lz),
      .in1_rsc_dat(in1_rsc_dat),
      .in1_rsc_triosy_lz(in1_rsc_triosy_lz),
      .out1_rsc_dat(out1_rsc_dat),
      .out1_rsc_triosy_lz(out1_rsc_triosy_lz),
      .regs_rsci_adra_d(regs_rsci_adra_d),
      .regs_rsci_wea_d(regs_rsci_wea_d),
      .regs_rsci_da_d(regs_rsci_da_d),
      .regs_rsci_rea_d(regs_rsci_rea_d),
      .regs_rsci_qa_d(regs_rsci_qa_d),
      .regs_rsci_rwportA_rw_ram_ir_internal_RMASK_B_d(regs_rsci_rwportA_rw_ram_ir_internal_RMASK_B_d),
      .regs_rsci_rwportA_rw_ram_ir_internal_WMASK_B_d(regs_rsci_rwportA_rw_ram_ir_internal_WMASK_B_d)
    );
endmodule